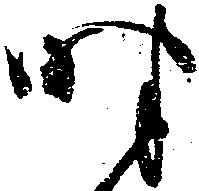
時